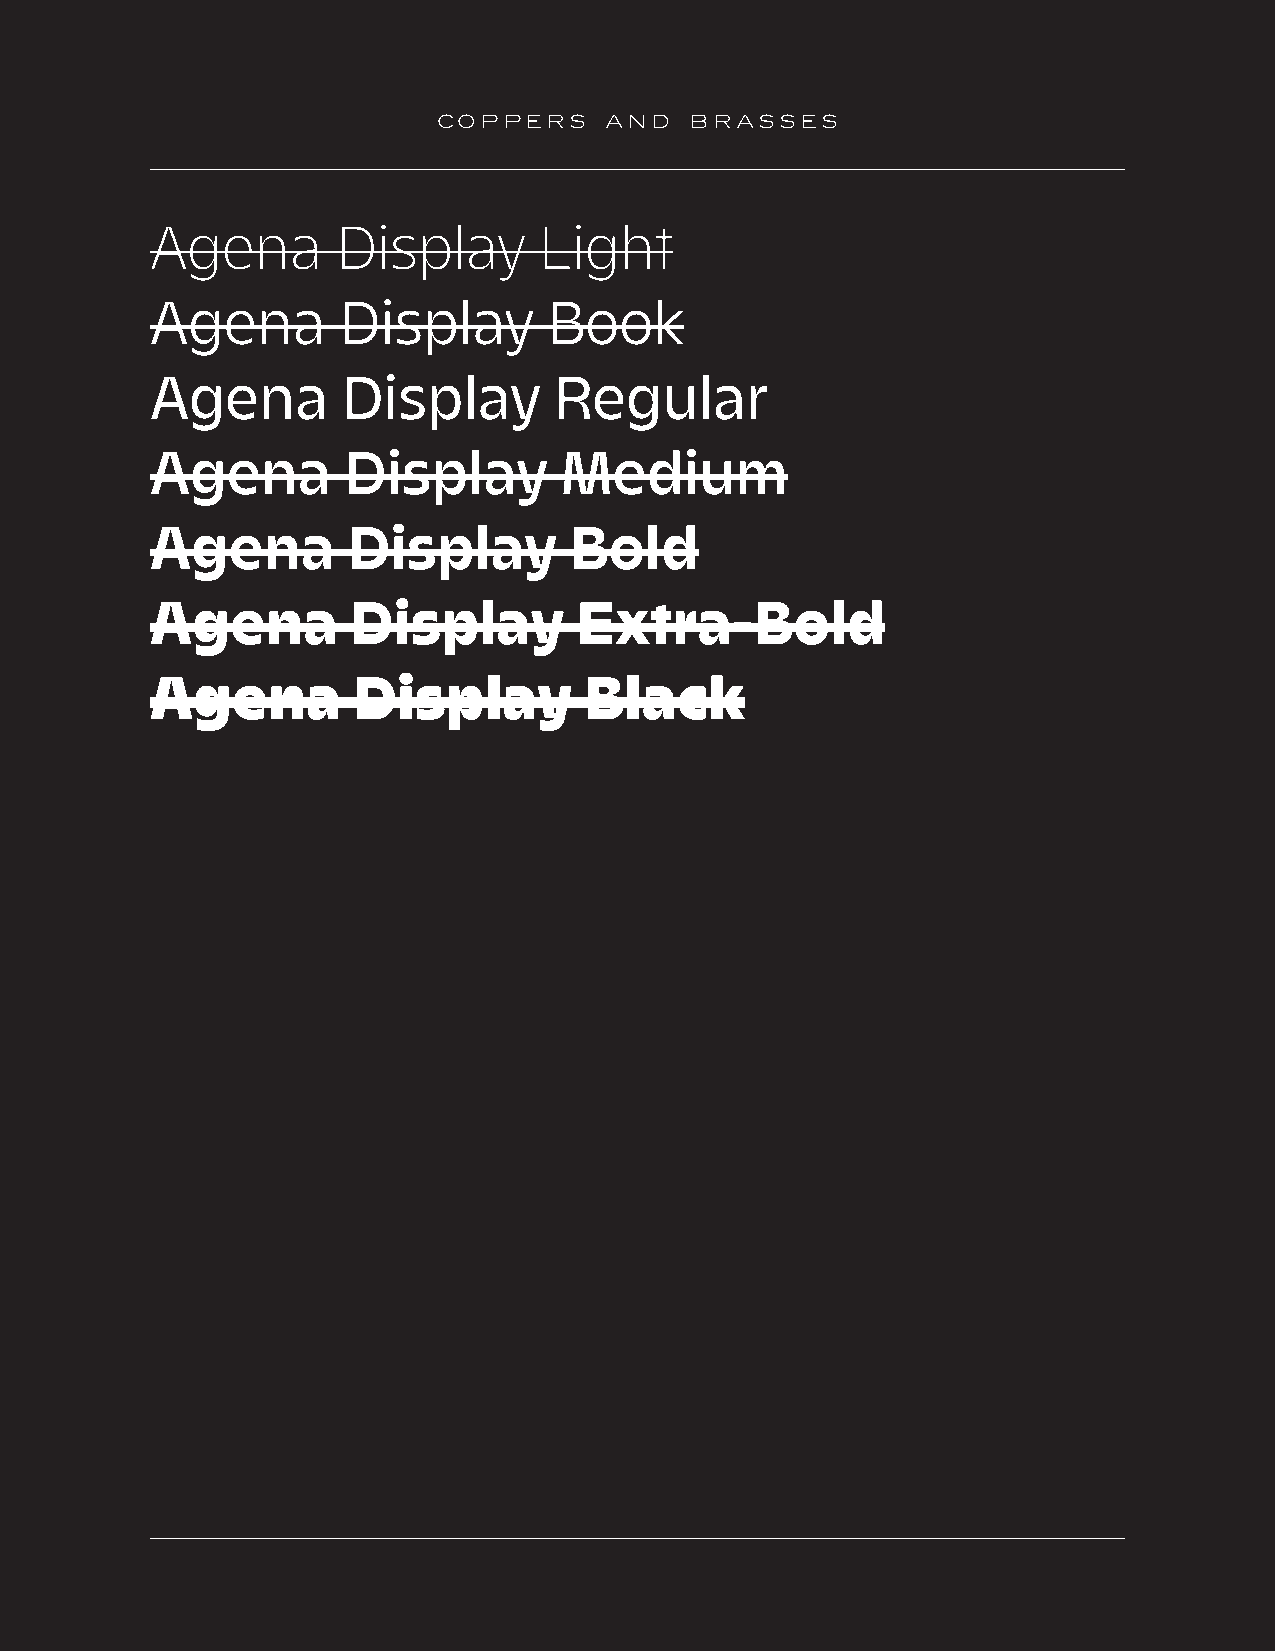
COPPERS    AND   BRASSES
 Agena       Display       Light
 Agena       Display       Book
 Agena        Display       Regular
 Agena        Display       Medium
 Agena        Display        Bold
 Agena        Display        Extra-Bold
 Agena        Display         Black